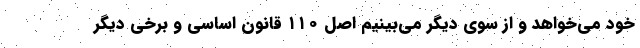
خود می‌خواهد و از سوی دیگر می‌بینیم اصل ۱۱۰ قانون اساسی و برخی دیگر